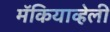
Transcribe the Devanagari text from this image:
मॅकियाव्हेली